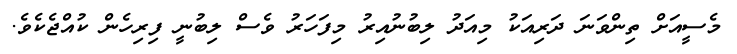
މެސީއަށް ތިންވަނަ ދަރިއަކު މިއަދު ލިބުނުއިރު މިފަހަރު ވެސް ލިބުނީ ފިރިހެން ކުއްޖެކެވެ.